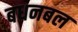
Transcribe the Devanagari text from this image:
बधनबल